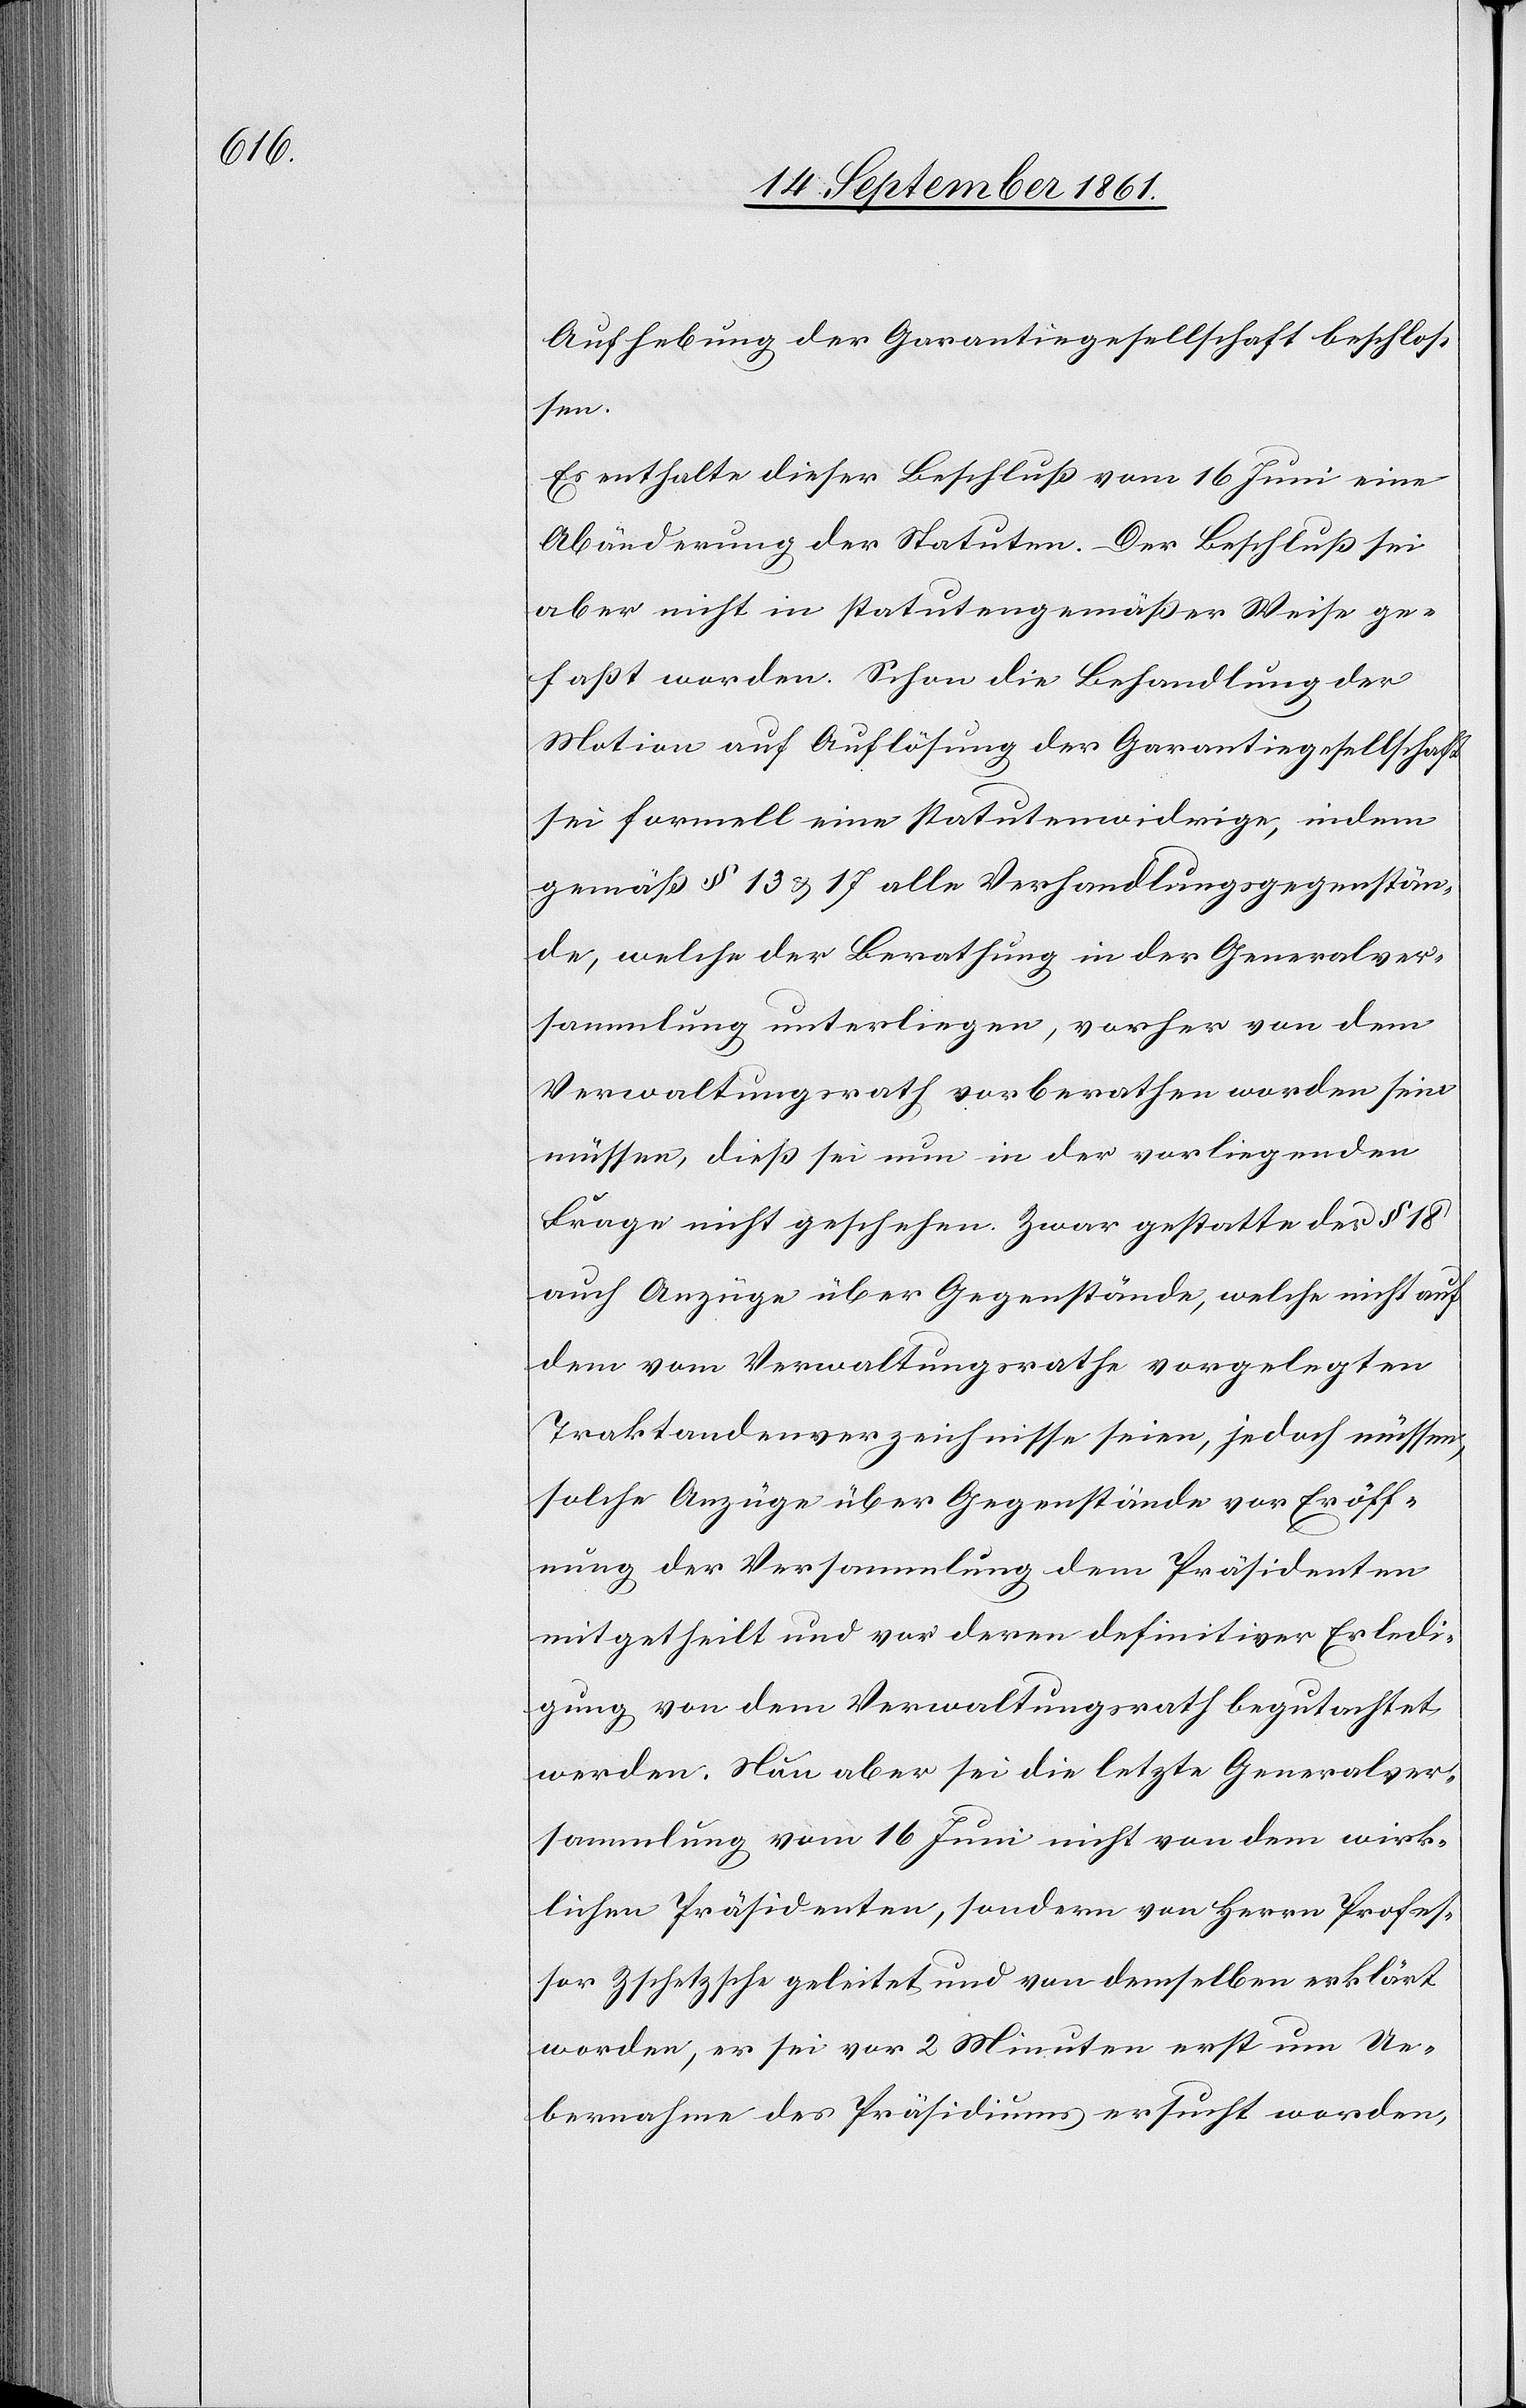
Aufhebung der Garantiegesellschaft beschlos¬
sen.
Es enthalte dieser Beschluß vom 16 Juni eine
Abänderung der Statuten. Der Beschluß sei
aber nicht in statutenmäßiger Weise ge¬
faßt worden. Schon die Behandlung der
Motion auf Auflösung der Garantiegesellschaft
sei formell eine statutenwidrige, indem
gemäß § 13 u. 17 alle Verhandlungsgegenstän¬
de, welche der Berathung in der Generalver¬
sammlung unterliegen, vorher von dem
Verwaltungsrath vorberathen worden sein
müssen, dieß sei nun in der vorliegenden
Frage nicht geschehen. Zwar gestatte der § 18
auch Anzüge über Gegenstände, welche nicht auf
dem vom Verwaltungsrathe vorgelegten
Traktandenverzeichnisse seien, jedoch müssen,
solche Anzüge über Gegenstände vor Eröff¬
nung der Versammlung dem Präsidenten
mitgetheilt und vor deren definitiven Erledi¬
gung von dem Verwaltungsrathe begutachtet
werden. Nun aber sei die letzte Generalver¬
sammlung vom 16 Juni nicht von dem wirk¬
lichen Präsidenten, sondern von Herrn Profes¬
sor Zschetzsche geleitet und von demselben erklärt
worden, er sei vor 2 Minuten erst um Ue¬
bernahme des Präsidiums ersucht worden,